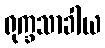
ရုက္ခသာခါယ